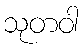
သုတဝါ